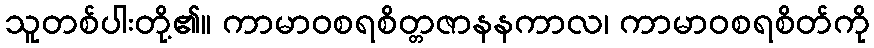
သူတစ်ပါးတို့၏။ ကာမာဝစရစိတ္တဇာနနကာလ၊ ကာမာဝစရစိတ်ကို